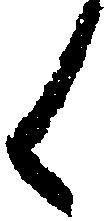
く